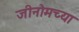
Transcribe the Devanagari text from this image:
जीनोमच्या